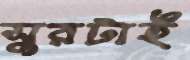
সুরটাই